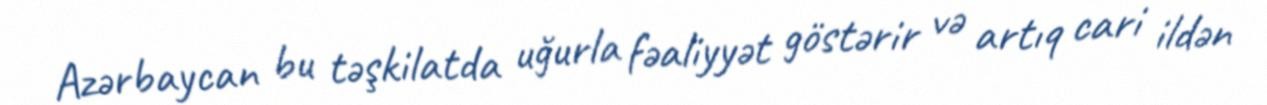
Azərbaycan bu təşkilatda uğurla fəaliyyət göstərir və artıq cari ildən